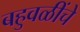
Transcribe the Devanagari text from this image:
बहुवळींचे